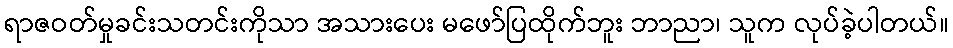
ရာဇဝတ်မှုခင်းသတင်းကိုသာ အသားပေး မဖော်ပြထိုက်ဘူး ဘာညာ၊ သူက လုပ်ခဲ့ပါတယ်။